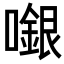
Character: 𡁬